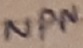
Text: NPN